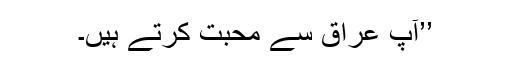
’’آپ عراق سے محبت کرتے ہیں۔